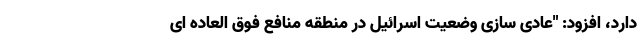
دارد، افزود: "عادی سازی وضعیت اسرائیل در منطقه منافع فوق العاده ای